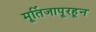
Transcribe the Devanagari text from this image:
मूर्तिजापूरहून